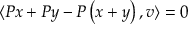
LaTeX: \langle P x + P y - P \left( x + y \right) , v \rangle = 0